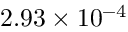
2 . 9 3 \times 1 0 ^ { - 4 }